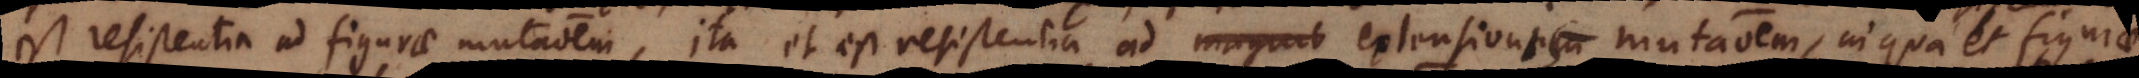
est resistentia ad figurae mutationem, ita et est resistentia ad magnit extensionem extensionis